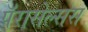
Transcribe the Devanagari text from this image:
पॅरासेल्सस